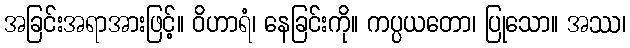
အခြင်းအရာအားဖြင့်။ ဝိဟာရံ၊ နေခြင်းကို။ ကပ္ပယတော၊ ပြုသော။ အဿ၊